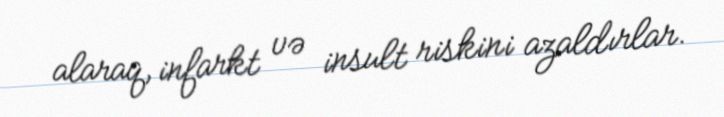
alaraq, infarkt və insult riskini azaldırlar.